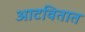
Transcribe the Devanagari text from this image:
आटवितात